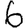
Digit: 6